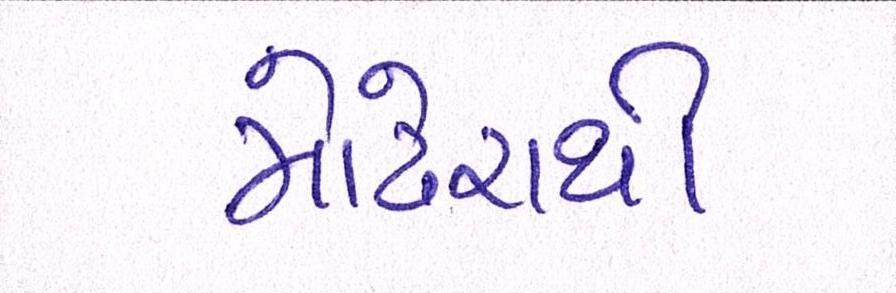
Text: મોઢેરાથી